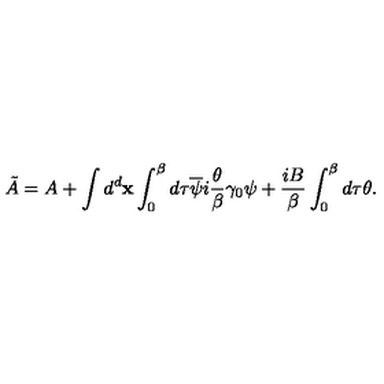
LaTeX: \tilde { A } = A + \int d ^ { d } { \bf x } \int _ { 0 } ^ { \beta } d \tau { } \overline { { \psi } } i \frac { \theta } { \beta } \gamma _ { 0 } \psi + \frac { i B } { \beta } \int _ { 0 } ^ { \beta } d \tau { } \theta .